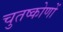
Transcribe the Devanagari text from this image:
चुतष्कोणों